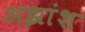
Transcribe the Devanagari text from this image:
अझांश